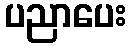
ပညာပေး